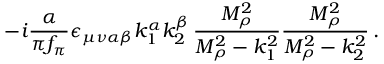
- i \frac { \alpha } { \pi f _ { \pi } } \epsilon _ { \mu \nu \alpha \beta } k _ { 1 } ^ { \alpha } k _ { 2 } ^ { \beta } \, \frac { M _ { \rho } ^ { 2 } } { M _ { \rho } ^ { 2 } - k _ { 1 } ^ { 2 } } \frac { M _ { \rho } ^ { 2 } } { M _ { \rho } ^ { 2 } - k _ { 2 } ^ { 2 } } \, .